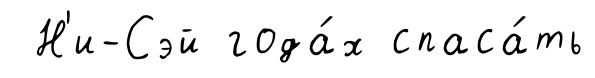
Н'и-Сэй года́х спаса́ть